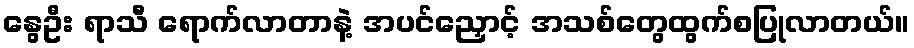
နွေဦး ရာသီ ရောက်လာတာနဲ့ အပင်ညှောင့် အသစ်တွေထွက်စပြုလာတယ်။